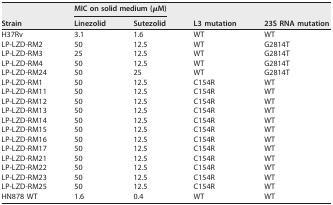
<table><thead><tr><td rowspan="2"><b>Strain</b></td><td colspan="2"><b>MIC on solid medium (μM)</b></td><td rowspan="2"><b>L3 mutation</b></td><td rowspan="2"><b>23S RNA mutation</b></td></tr><tr><td><b>Linezolid</b></td><td><b>Sutezolid</b></td></tr></thead><tbody><tr><td>H37Rv</td><td>3.1</td><td>1.6</td><td>WT</td><td>WT</td></tr><tr><td>LP-LZD-RM2</td><td>50</td><td>12.5</td><td>WT</td><td>G2814T</td></tr><tr><td>LP-LZD-RM3</td><td>25</td><td>12.5</td><td>WT</td><td>G2814T</td></tr><tr><td>LP-LZD-RM4</td><td>50</td><td>12.5</td><td>WT</td><td>G2814T</td></tr><tr><td>LP-LZD-RM24</td><td>50</td><td>25</td><td>WT</td><td>G2814T</td></tr><tr><td>LP-LZD-RM1</td><td>50</td><td>12.5</td><td>C154R</td><td>WT</td></tr><tr><td>LP-LZD-RM11</td><td>50</td><td>12.5</td><td>C154R</td><td>WT</td></tr><tr><td>LP-LZD-RM12</td><td>50</td><td>12.5</td><td>C154R</td><td>WT</td></tr><tr><td>LP-LZD-RM13</td><td>50</td><td>12.5</td><td>C154R</td><td>WT</td></tr><tr><td>LP-LZD-RM14</td><td>50</td><td>12.5</td><td>C154R</td><td>WT</td></tr><tr><td>LP-LZD-RM15</td><td>50</td><td>12.5</td><td>C154R</td><td>WT</td></tr><tr><td>LP-LZD-RM16</td><td>50</td><td>12.5</td><td>C154R</td><td>WT</td></tr><tr><td>LP-LZD-RM17</td><td>50</td><td>12.5</td><td>C154R</td><td>WT</td></tr><tr><td>LP-LZD-RM21</td><td>50</td><td>12.5</td><td>C154R</td><td>WT</td></tr><tr><td>LP-LZD-RM22</td><td>50</td><td>12.5</td><td>C154R</td><td>WT</td></tr><tr><td>LP-LZD-RM23</td><td>50</td><td>12.5</td><td>C154R</td><td>WT</td></tr><tr><td>LP-LZD-RM25</td><td>50</td><td>12.5</td><td>C154R</td><td>WT</td></tr><tr><td>HN878 WT</td><td>1.6</td><td>0.4</td><td>WT</td><td>WT</td></tr></tbody></table>